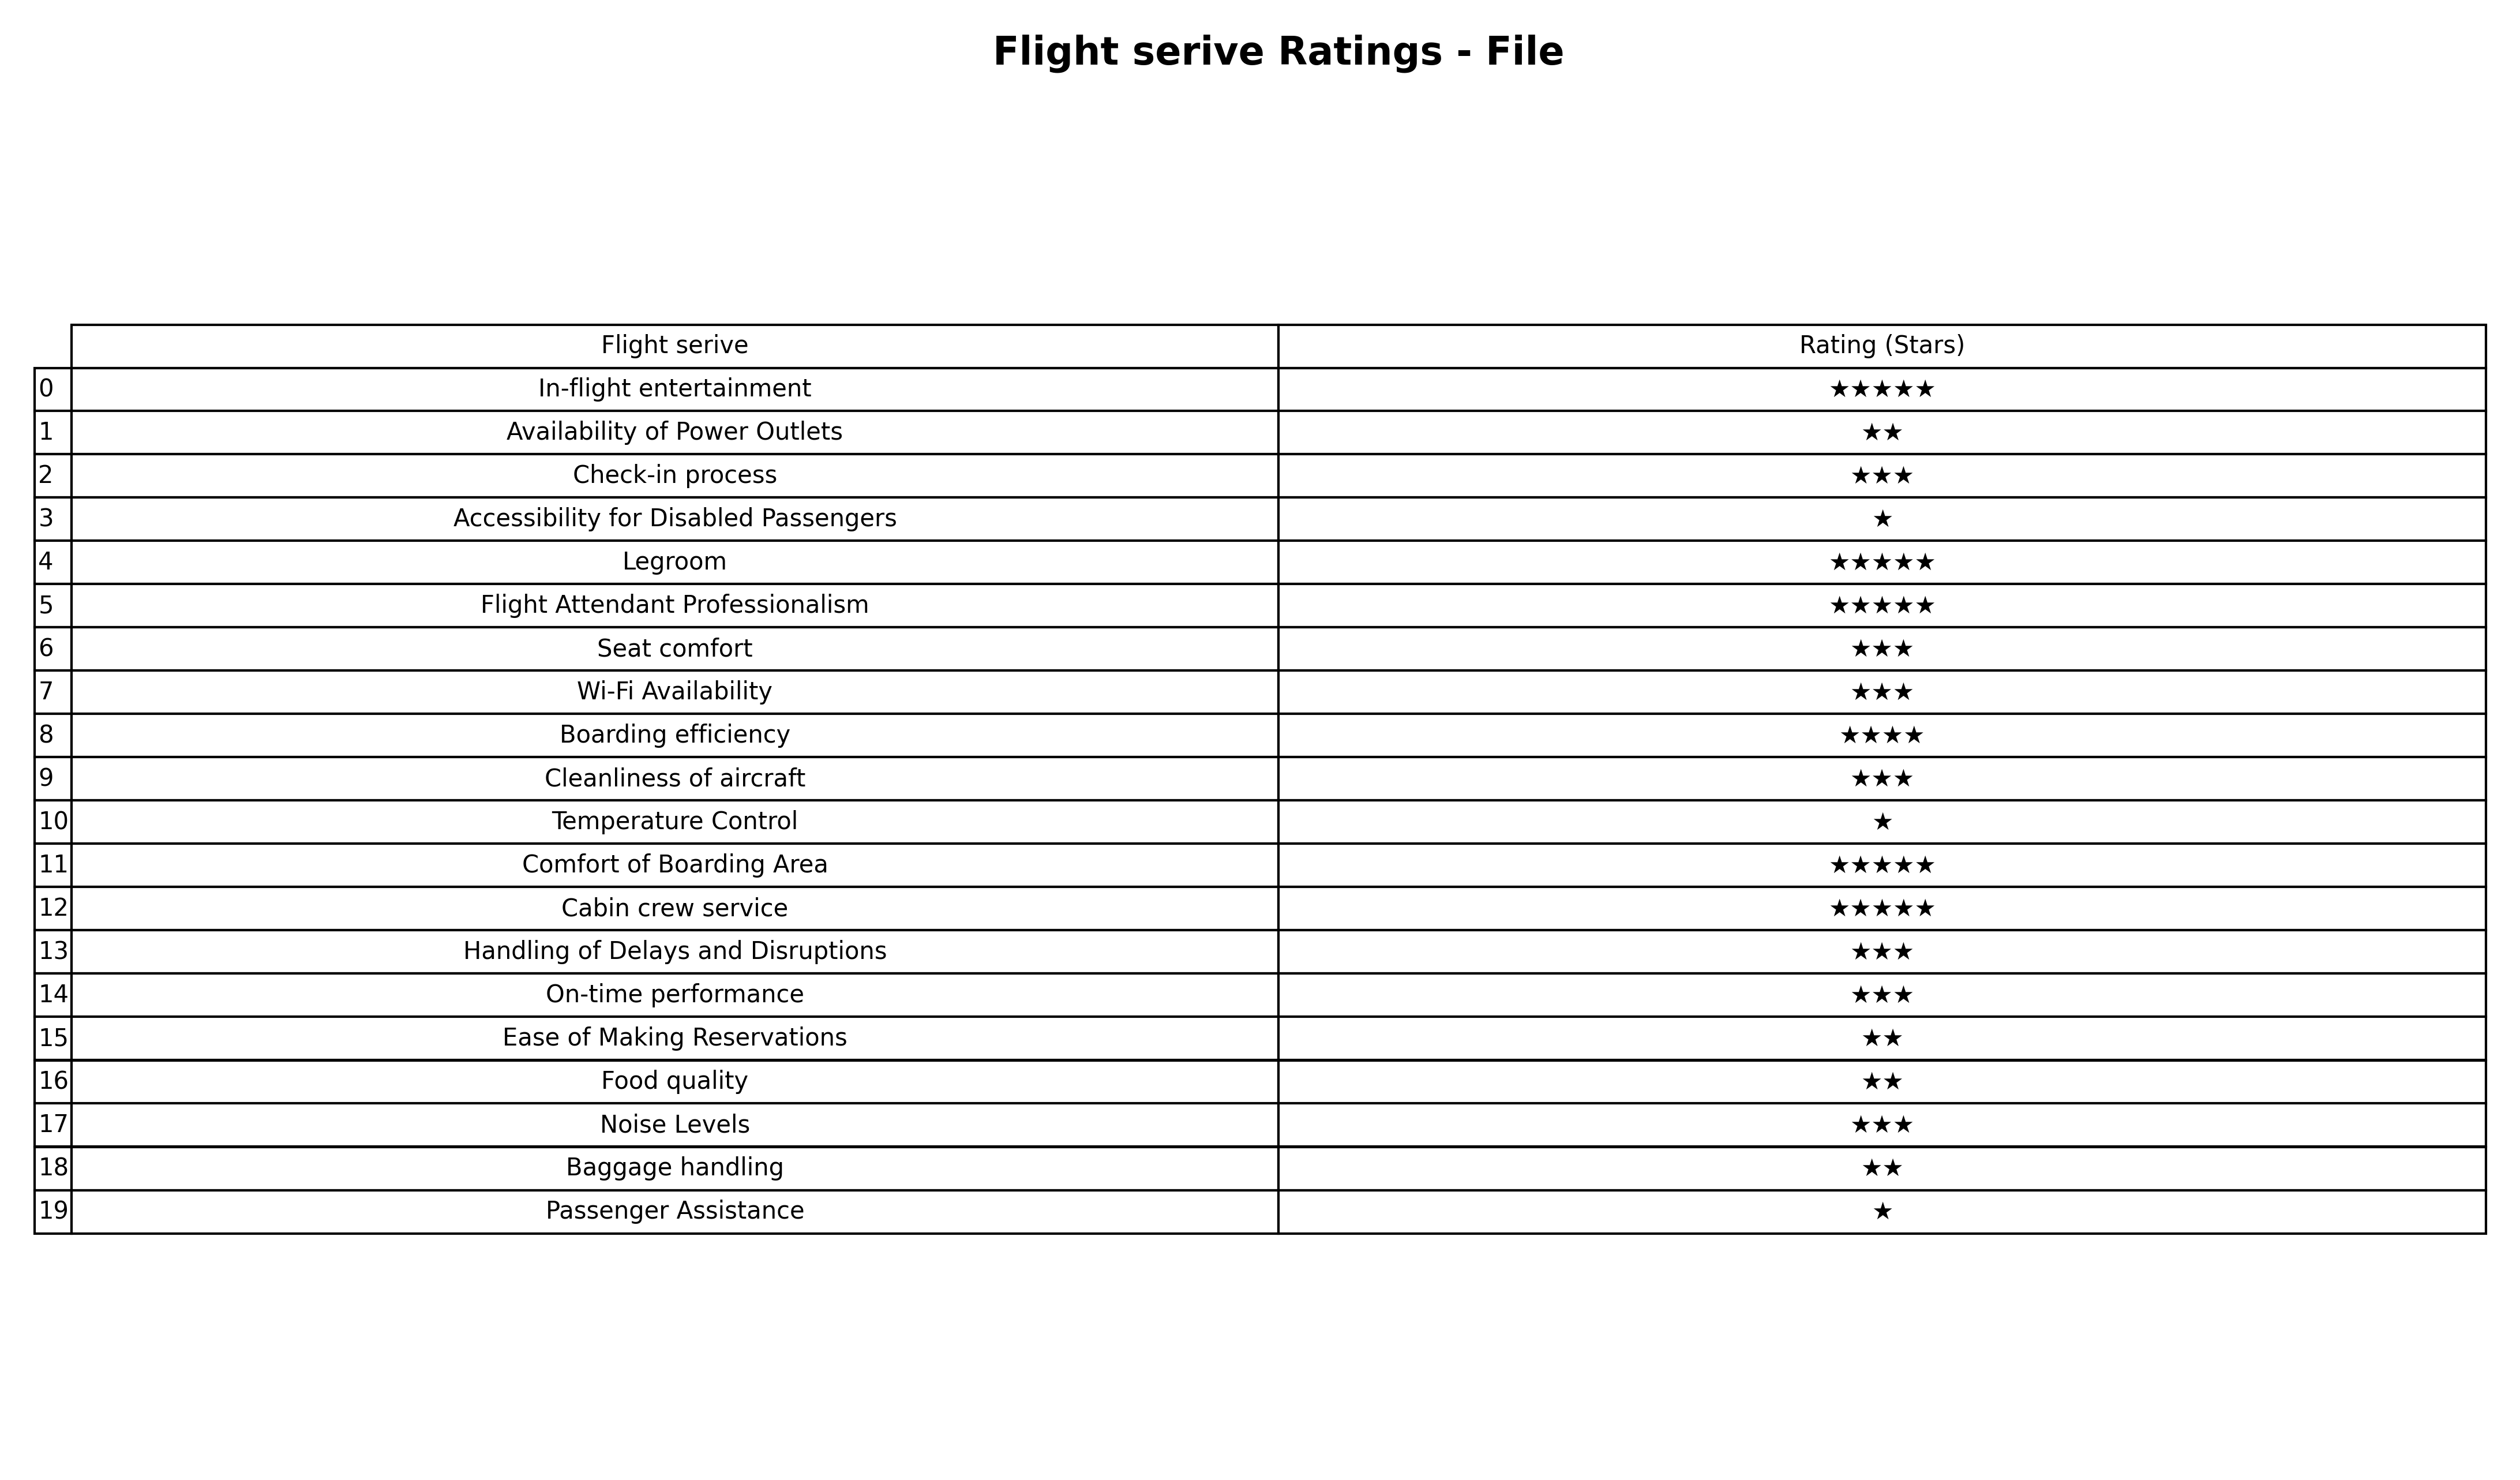
question: What is the rating of Accessibility for Disabled Passengers?
answer: ★